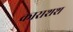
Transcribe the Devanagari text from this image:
काराशश